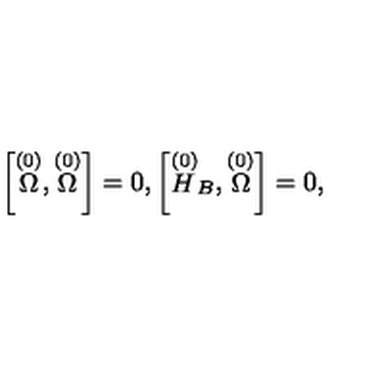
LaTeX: \left[ \stackrel { ( 0 ) } { \Omega } , \stackrel { ( 0 ) } { \Omega } \right] = 0 , \left[ \stackrel { ( 0 ) } { H } _ { B } , \stackrel { ( 0 ) } { \Omega } \right] = 0 ,